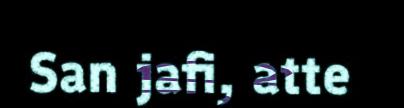
San jafi, atte